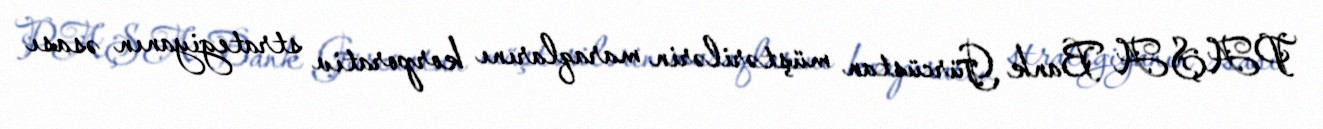
PAŞA Bank Gürcüstan müştərilərin maraqlarını korporativ strategiyanın əsası